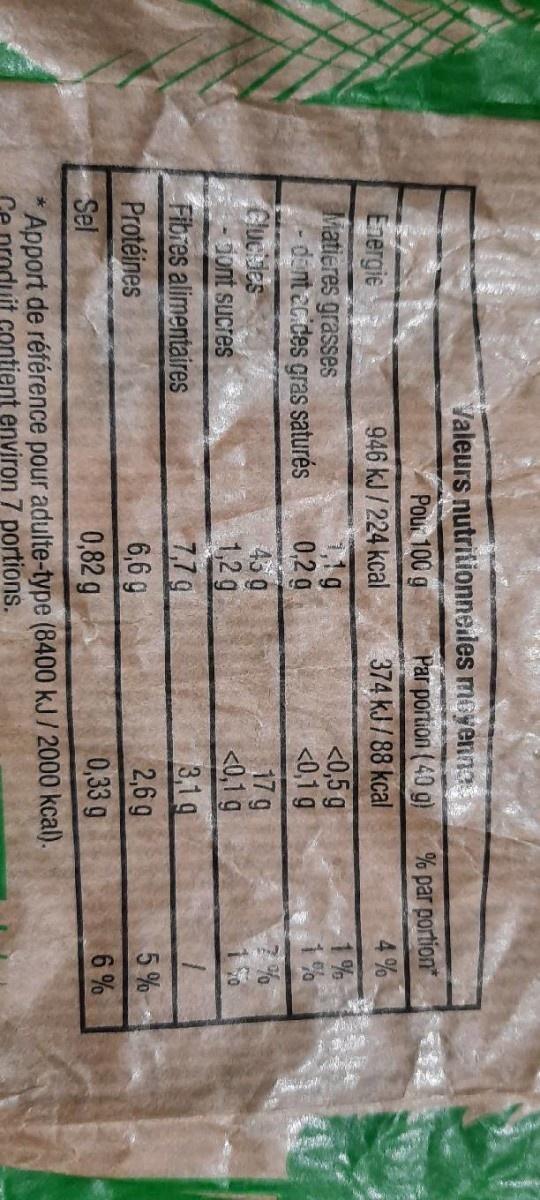
Valeurs nutritionneiles moyenn Par portion ( 40 g)
% par portion* 4%
Pour 100 g
374 kJ / 88 kcal
946 kJ / 224 kcal 1,1g 0,2 g
Eлergie
1%
<0,5 g <0,1 g
Matieres grasses dent 2c.ces gras saturés Cluckles dont sucres
17 g <0,1 g 3,1 g
45 g 1,2 g
7,79 6,6 g 0,82 g
Fibres alimentaires
2,6 g
5%
Protéines
0,33 g
6%
Sel
Apport de référence pour adulte-type (8400 kJ/ 2000 kcal). duit contient environ 7 portions.